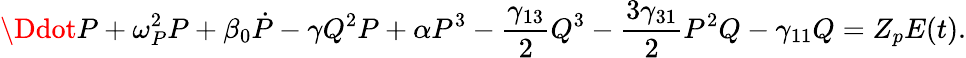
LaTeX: \Ddot{P}+\omega_{P}^{2}P+\beta_{0}\dot{P}-\gamma Q^{2}P+\alpha P^{3}-\frac{\gamma_{13}}{2}Q^{3}-\frac{3\gamma_{31}}{2}P^{2}Q-\gamma_{11}Q=Z_{p}E(t).